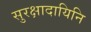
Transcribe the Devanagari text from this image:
सुरक्षादायिनि